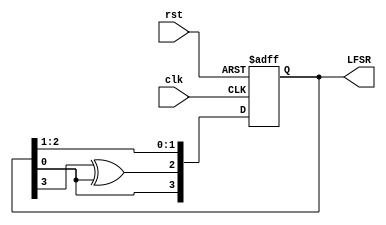
module LFSR4bit(   //----> Interface
    output reg [3:0] LFSR, // Note that reg is keyword in Verilog and can not be variable name (System output) 
    input clk, // System clock
    input rst // Asynchronous reset
    );

wire feedback = LFSR[0];
always @(posedge clk, posedge rst)
	begin
		if (rst)  // Asynchronous clear
			LFSR <= 4'b1000;
		 else begin
		  LFSR[3] <= feedback; // Use non-blocking assignment
		  LFSR[2] <= LFSR[3] ^ feedback; // XOR GATE between feedback and first flipflop
		  LFSR[1] <= LFSR[2];
		  LFSR[0] <= LFSR[1];
		end
	end

endmodule